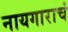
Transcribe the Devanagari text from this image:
नायगाराचं